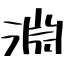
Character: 淵